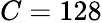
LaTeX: C=128